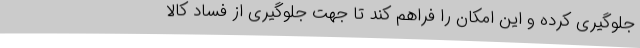
جلوگیری کرده و این امکان را فراهم کند تا جهت جلوگیری از فساد کالا